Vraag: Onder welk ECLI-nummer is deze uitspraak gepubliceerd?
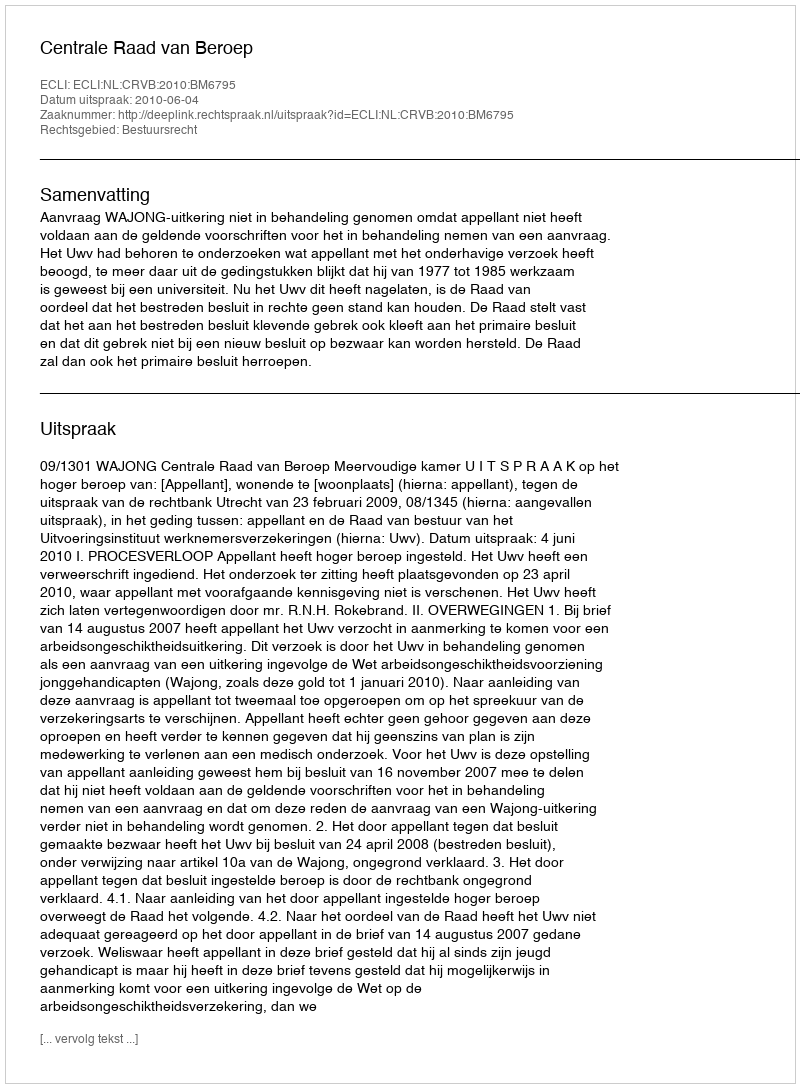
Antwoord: ECLI:NL:CRVB:2010:BM6795